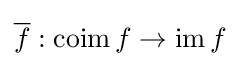
{\overline {f}}:\operatorname {coim} f\rightarrow \operatorname {im} f